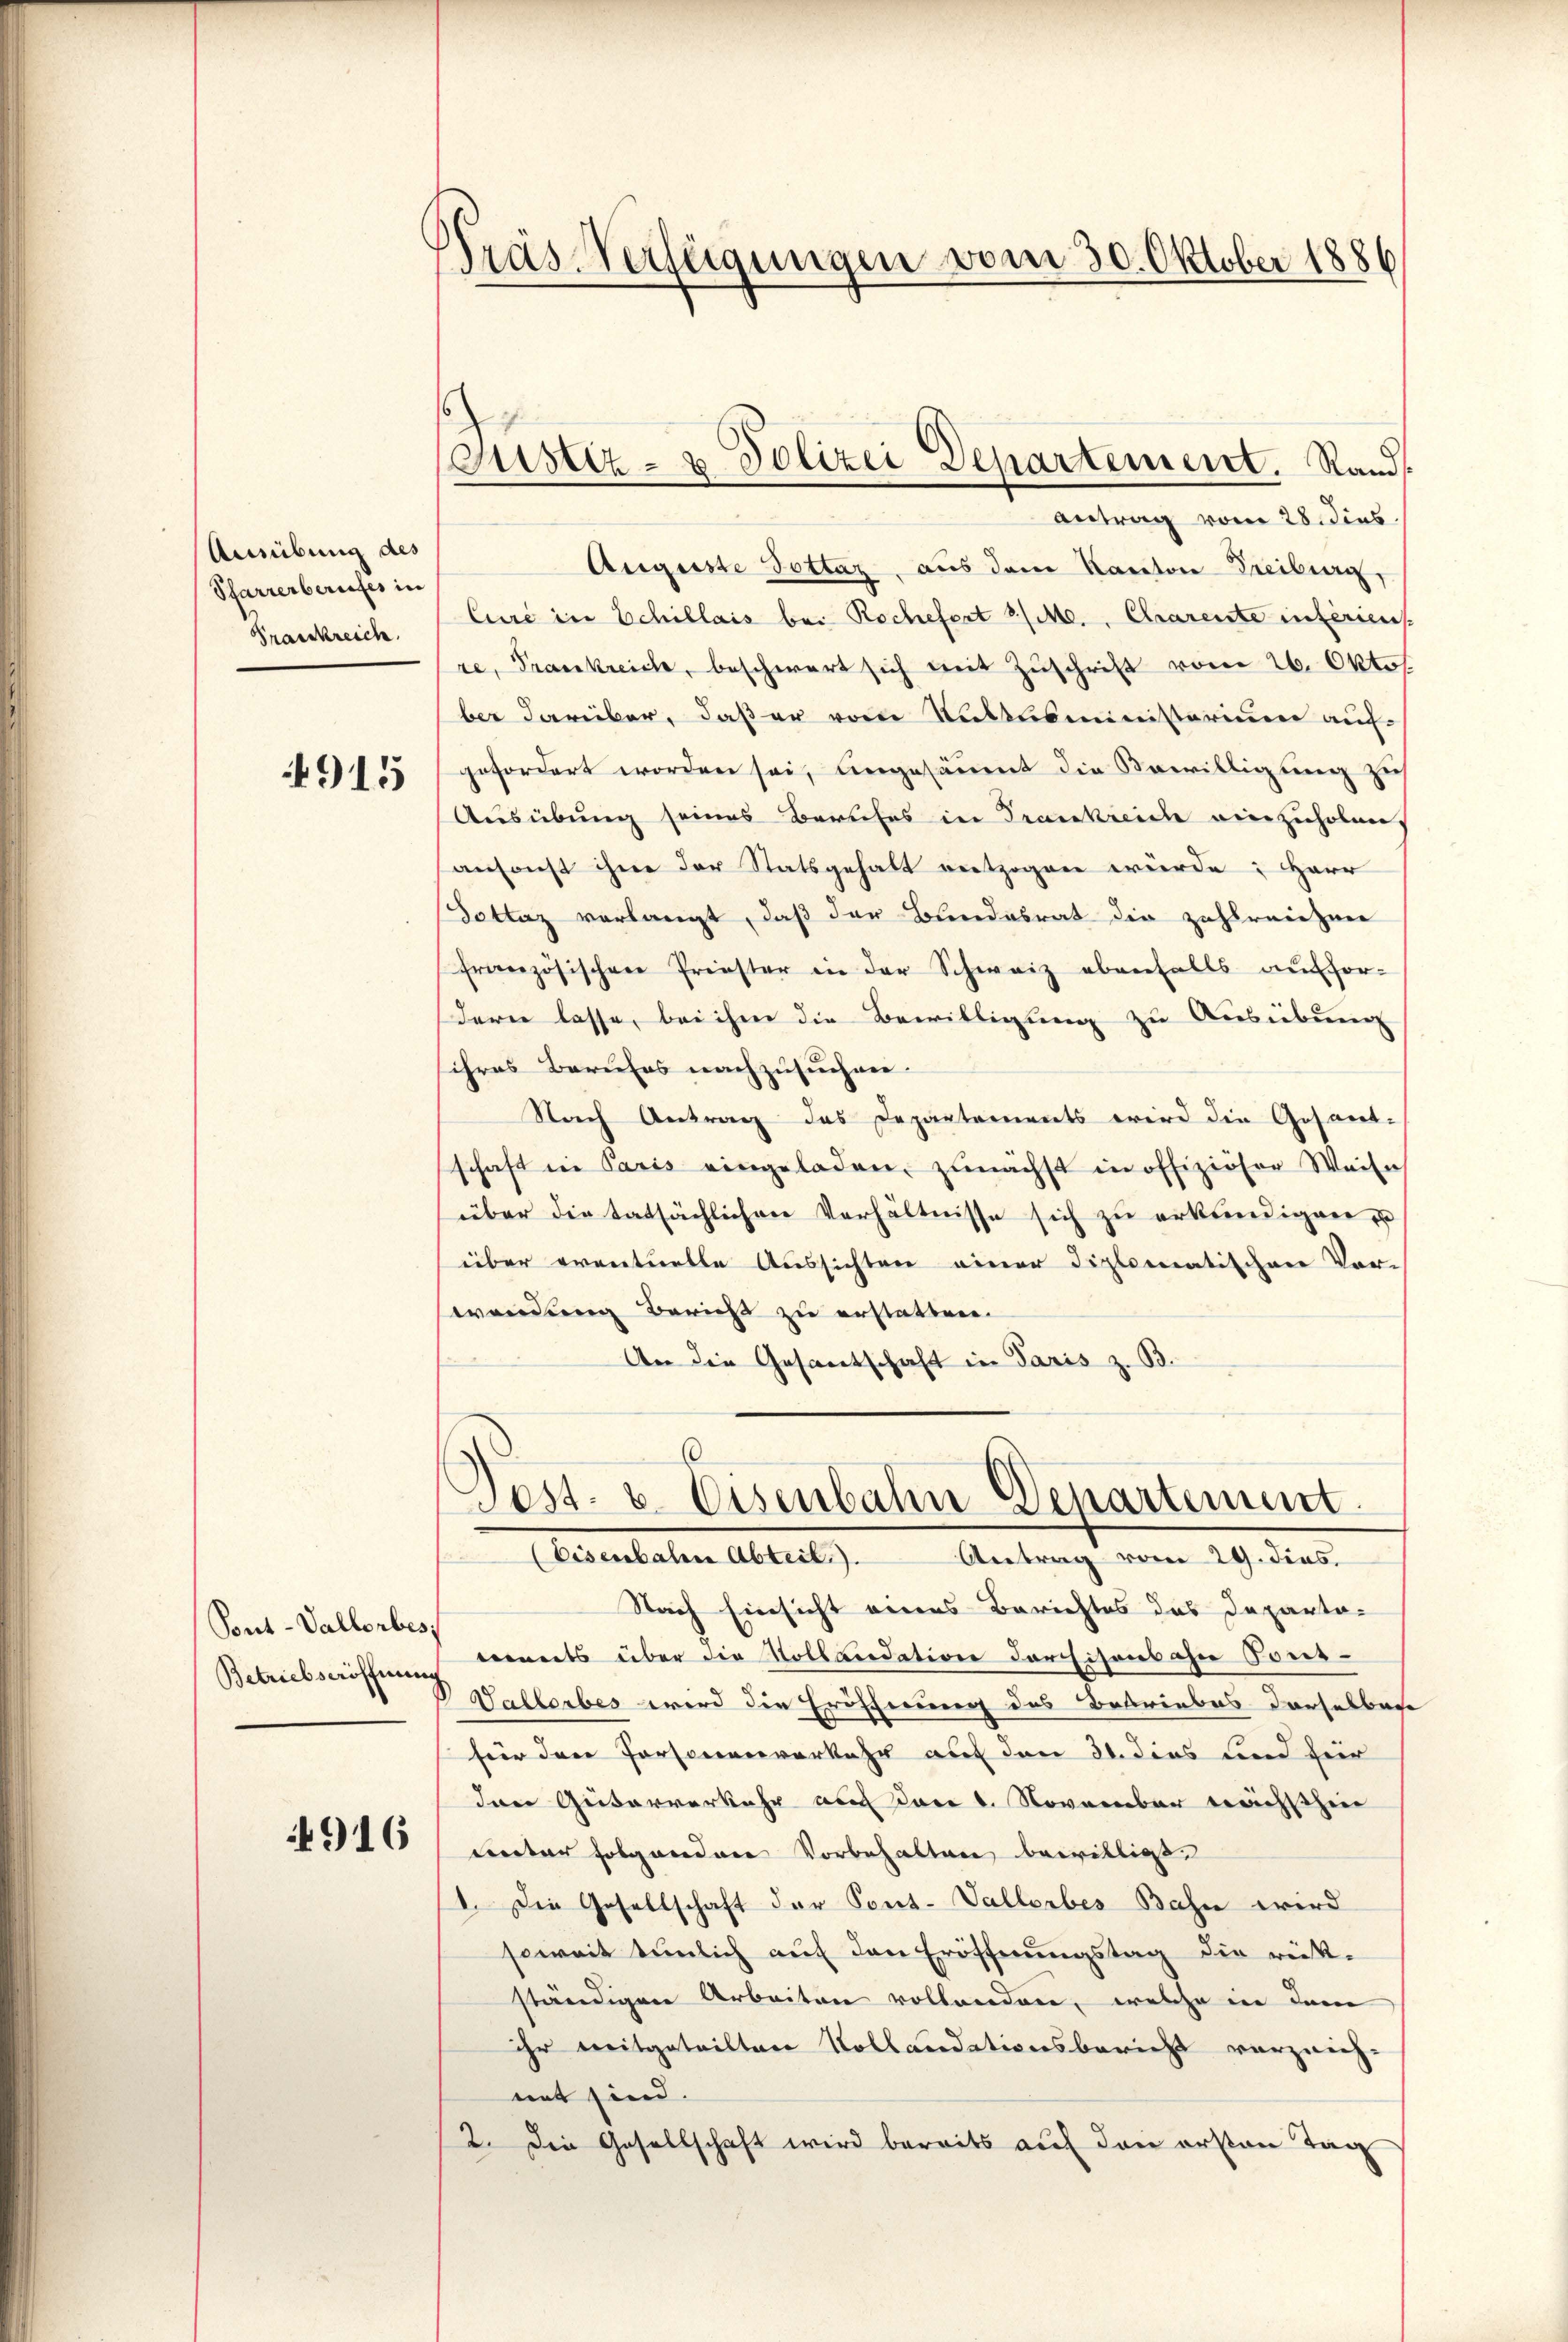
Ausübung des
Pfarrerberufes in
Frankreich.

4915

Pont-Vallorbes
Betriebseröffnung

4916

Pras Verfügungen vom 30. Oktober 1886

Auguste Dottaz, aus dem Kanton Freiburg,
Curé in Schillais bei Rochefort a/M., Charente interiens
re, Frankreiche, beschwert sich mit Zuschrift vom 26. Oktob
ber darüber, daß er vom Sattlsministerium auf-
gefordert worden sei, angesäumt die Bewilligung zus
Ausübung seines Berufes in Trankreide einzuholen,
ansonst ihne der Statsgehalt entzogen wurde: Herr
Dotlaz verlangt, daß der Bundesrat die zahleneigner
französischen Priester in der Schweiz ebenfalls auffor-
dern lasse, bei ihm die Bewilligung zu Ausübung
ihres Berufes nachzusuchen.
Stach Antrag das Departements wird die Gesand-
schaft in Paris eingeladen, zunächst in offiziöser Weise
über die tatsächlichen Verhältnisse sich zu erkundigen zu
über eventuelle Aussichten einer diplomatischen Vor-
wendung Bericht zu erstatten.
An die Gesantschaft in Paris z. B.

Justiz- & Polizei Departement. Rands
Antrag vom 28 dies

6
Post. v. Eisenbahn Departement
(Eisenbalen Abteil.).
Antrag vom 29. dies

Nach Einsicht eines Berichtes das Departa-
eents über die Kollaudation der Eisens ohn Tons-
Vallerbes wird die Eröffnung des Betriebes derselbare
für dene Personenverkehr auf den 31. dies und hier
den Güterverkehr auf den 1. November nächsthin
unter folgendene Vorbehalten bewillio
1. Die Gesellschaft der Pont. Vallorbes Bahn wird
soweit tenlich auf den Eröffnungstag die rück-
ständigen Arbeiten vollanden, welche in dem
ihr mitgeteilten Kollaudationsbericht vorzeich-
net sind.
2. Die Gesellschaft wird bereits auf den ersten Tag